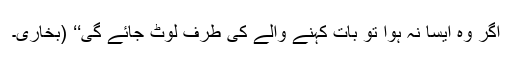
اگر وہ ایسا نہ ہوا تو بات کہنے والے کی طرف لوٹ جائے گی‘‘ (بخاری۔